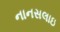
નાનસલાઇ